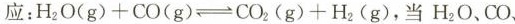
应：$$H _ { 2 } O ( g ) + C O ( g ) \rightleftharpoons C O _ { 2 } ( g ) + H _ { 2 } ( g )$$，当H_{2}O、CO、